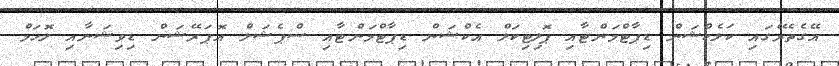
އޭގެތެރޭގައި ކަލެކްޝަން ޑިޕާޓްމަންޓާއި ޕޮލިޓިކަލް އެކްޝަން ޑިޕާޓްމަންޓާއި ސްޕެޝަލް އޮޕަރޭޝަން ޑިވިޝަނާއި ލޮހަމް